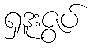
ရှဒူးဇွပ်